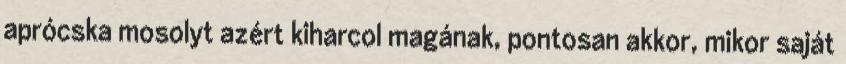
aprócska mosolyt azért kiharcol magának, pontosan akkor, mikor saját